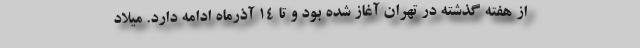
از هفته گذشته در تهران آغاز شده بود و تا ۱۴ آذرماه ادامه دارد. میلاد